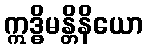
ဣဒ္ဓိမန္တိနိယော